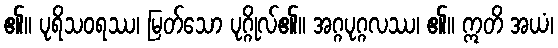
၏။ ပုရိသဝရဿ၊ မြတ်သော ပုဂ္ဂိုလ်၏။ အဂ္ဂပုဂ္ဂလဿ၊ ၏။ ဣတိ အယံ၊